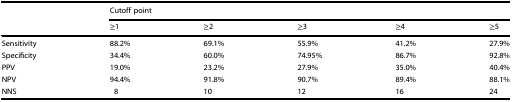
|  | <COLSPAN=5> Cutoff point |
 |  | ≥1 | ≥2 | ≥3 | ≥4 | ≥5 |
 | --- | --- | --- | --- | --- | --- |
 | Sensitivity | 88.2% | 69.1% | 55.9% | 41.2% | 27.9% |
 | Specificity | 34.4% | 60.0% | 74.95% | 86.7% | 92.8% |
 | PPV | 19.0% | 23.2% | 27.9% | 35.0% | 40.4% |
 | NPV | 94.4% | 91.8% | 90.7% | 89.4% | 88.1% |
 | NNS | 8 | 10 | 12 | 16 | 24 |